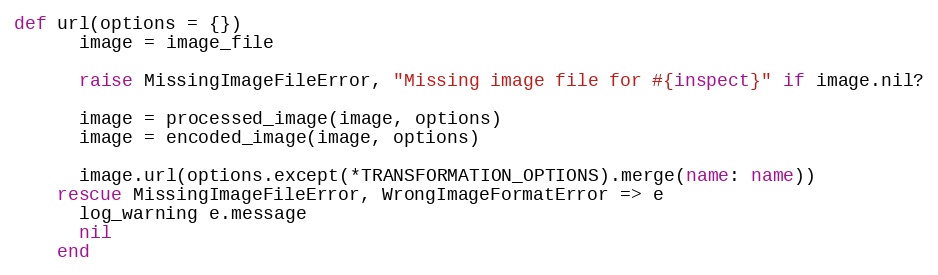
Language: Ruby
def url(options = {})
      image = image_file

      raise MissingImageFileError, "Missing image file for #{inspect}" if image.nil?

      image = processed_image(image, options)
      image = encoded_image(image, options)

      image.url(options.except(*TRANSFORMATION_OPTIONS).merge(name: name))
    rescue MissingImageFileError, WrongImageFormatError => e
      log_warning e.message
      nil
    end